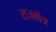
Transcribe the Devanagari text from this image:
राजक्षेत्र